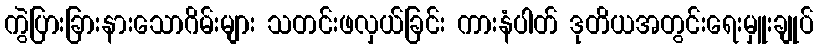
ကွဲပြားခြားနားသောဂိမ်းများ သတင်းဖလှယ်ခြင်း ကားနံပါတ် ဒုတိယအတွင်းရေးမှူးချုပ်